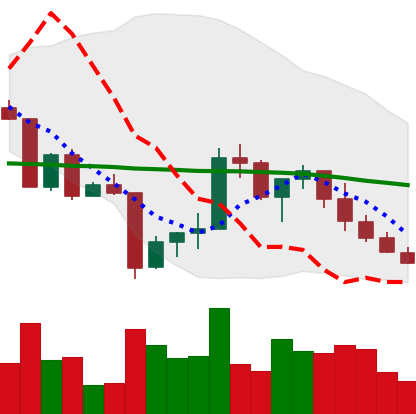
Ticker: XRP-USD
Chart end date: 2022-04-24
Forward return: -12.498%
Label: down_7plus